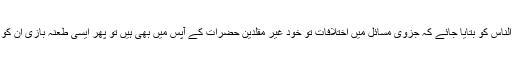
تو ہم نے ضروری سمجھا کہ عوام الناس کو بتایا جائے کہ جزوی مسائل میں اختلافات تو خود غیر مقلدین حضرات کے آپس میں بھی ہیں تو پھر ایسی طعنہ بازی ان کو کسی طور پر بھی زیب نہیں دیتی ۔